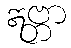
ဣဗ္ဘာ